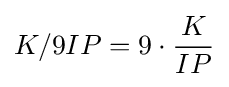
K/9IP=9\cdot {\frac {K}{IP}}